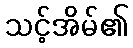
သင့်အိမ်၏